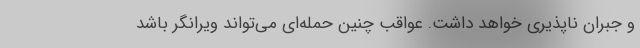
و جبران ناپذیری خواهد داشت. عواقب چنین حمله‌ای می‌تواند ویرانگر باشد